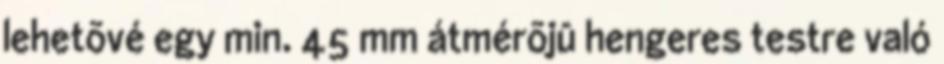
lehetõvé egy min. 45 mm átmérõjû hengeres testre való